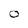
Character: 0